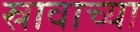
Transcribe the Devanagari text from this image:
स्रावाच्या